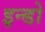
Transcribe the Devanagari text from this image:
इन्डो